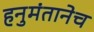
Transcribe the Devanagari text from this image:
हनुमंतानेच